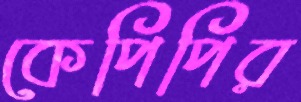
কেপিপির